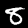
Label: 8